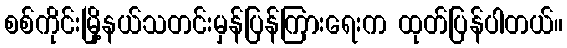
စစ်ကိုင်းမြို့နယ်သတင်းမှန်ပြန်ကြားရေးက ထုတ်ပြန်ပါတယ်။